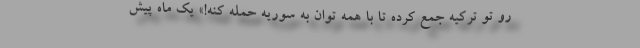
رو تو ترکیه جمع کرده تا با همه توان به سوریه حمله کنه!» یک ماه پیش